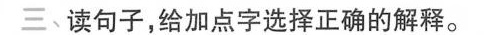
三﹑读句子，给加点字选择正确的解释。